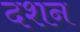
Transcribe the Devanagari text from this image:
दशन